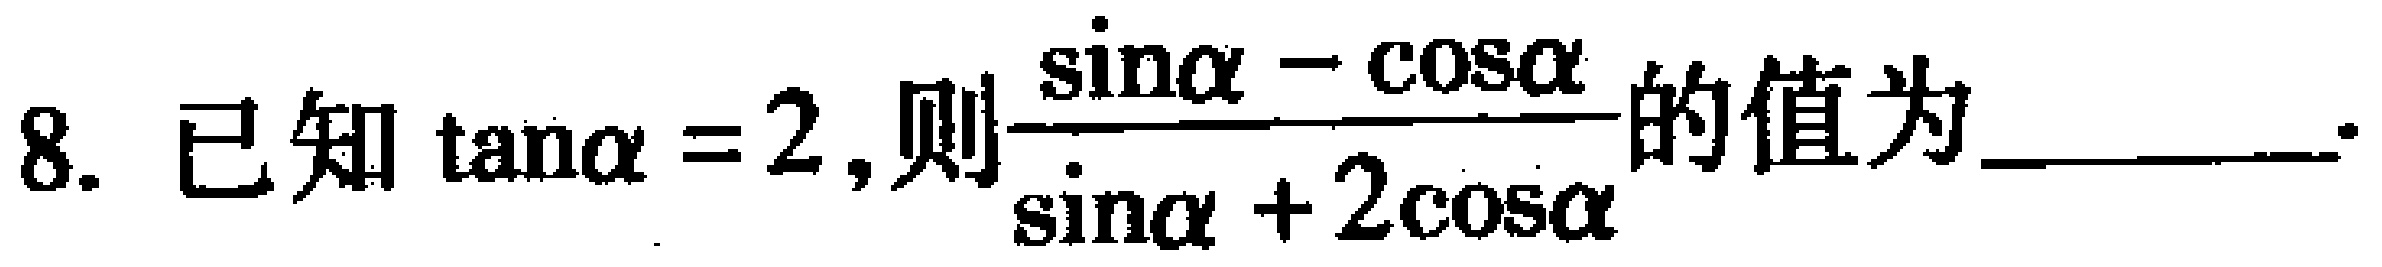
8. 已知$\tan\alpha = 2$,则$\frac{\sin\alpha - \cos\alpha}{\sin\alpha + 2\cos\alpha}$的值为_________.